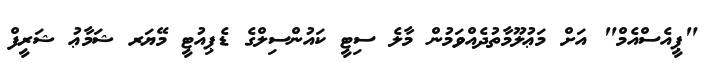
"ޕީއެސްއެމް" އަށް މަޢުލޫމާތުދެއްވަމުން މާލެ ސިޓީ ކައުންސިލްގެ ޑެޕިއުޓީ މޭޔަރ ޝަމާޢު ޝަރީފް